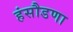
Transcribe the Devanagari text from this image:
हंसौडणा